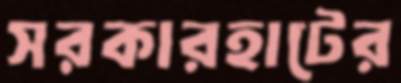
সরকারহাটের